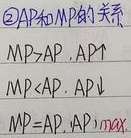
\textcircled{2}\(AP\)和\(MP\)的关系
\(\begin{cases}
\text{MP} > \text{AP}, \text{AP}\uparrow\\
\text{MP} < \text{AP}, \text{AP}\downarrow\\
\text{MP} = \text{AP}, \text{AP}_{max}
\end{cases}\)